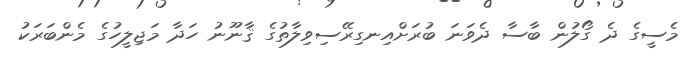
މެސީގެ ދެ ގޯލުން ބާސާ ދެވަނަ ބުރަށްއިނގިރޭސިވިލާތުގެ ޤާނޫނު ހަދާ މަޖިލީހުގެ މެންބަރަކު